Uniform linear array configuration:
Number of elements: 48
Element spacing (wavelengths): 0.75
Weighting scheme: binomial
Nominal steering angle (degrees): -45
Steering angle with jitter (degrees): -45.489
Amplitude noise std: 0.05
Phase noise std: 0.05

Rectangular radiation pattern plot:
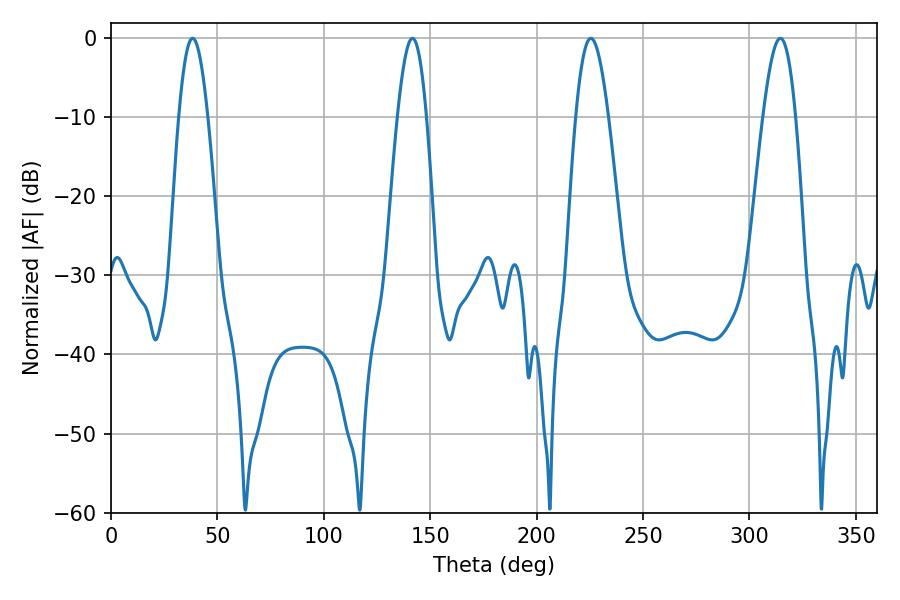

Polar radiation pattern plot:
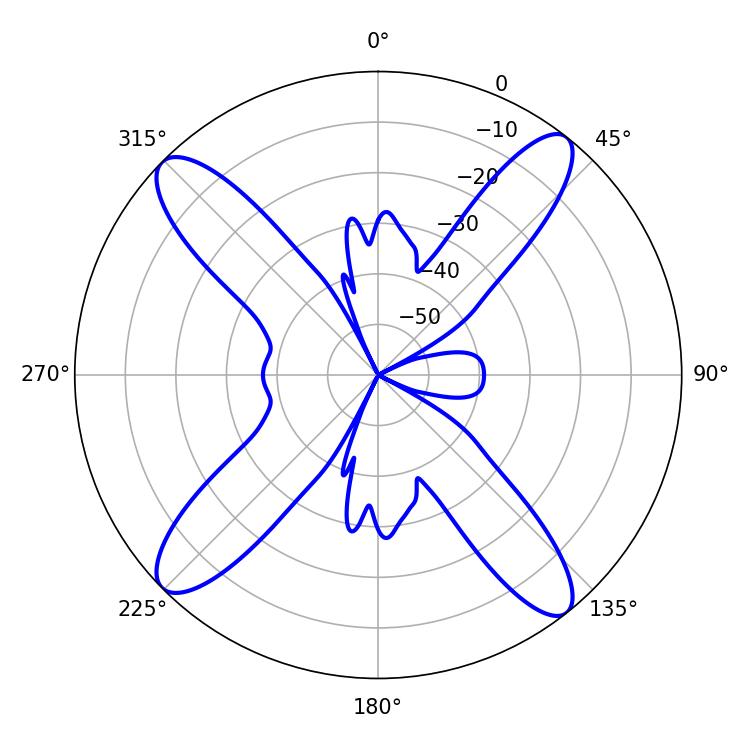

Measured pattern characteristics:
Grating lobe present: TRUE
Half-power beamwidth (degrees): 7.38
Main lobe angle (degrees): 38.34